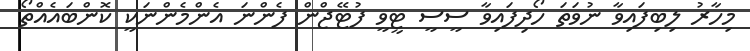
މިހާރު ލިބިފައިވާ ނުވަތަ ހޯދިފައިވާ ސީސީ ޓީވީ ފުޓޭޖްން ފެންނަ އެންމެންނަކީ ކޮންބައެއްތޯ